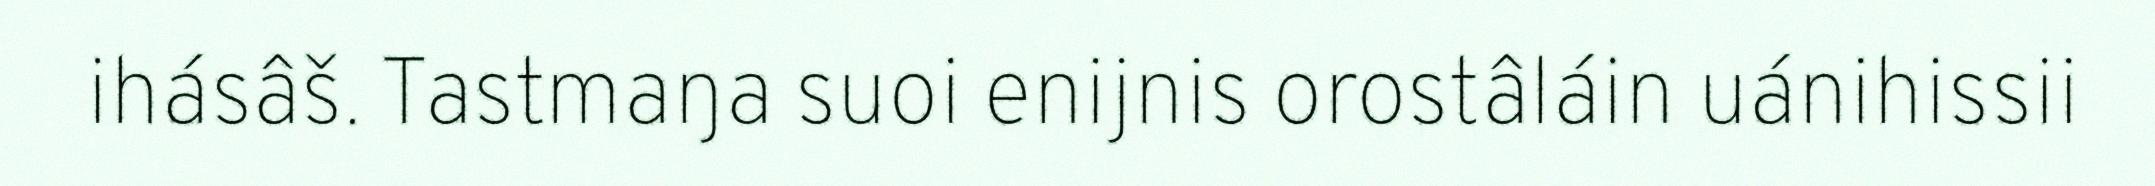
ihásâš. Tastmaŋa suoi enijnis orostâláin uánihissii